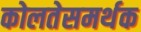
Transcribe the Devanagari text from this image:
कोलतेसमर्थक